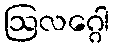
ဩလဂ္ဂေါ